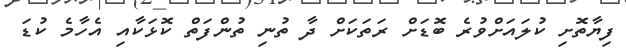
ފިޔާތޮށި ކުލައަށްވުރެ ބޮޑަށް ރަތަކަށް ދާ ތުނި ތުންފަތް ކޮޅަކާއި އެހާމެ ކުޑަ